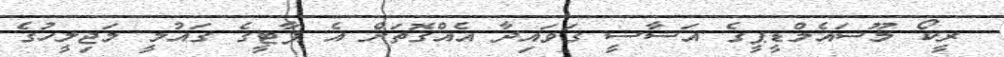
ރީކޯ މޫސައެމްޑީޕީގެ އަސާސީ ގަވައިދާ އެއްގޮތަށް އެ ޕާޓީގެ ގައުމީ މަޖިލީހުގެ